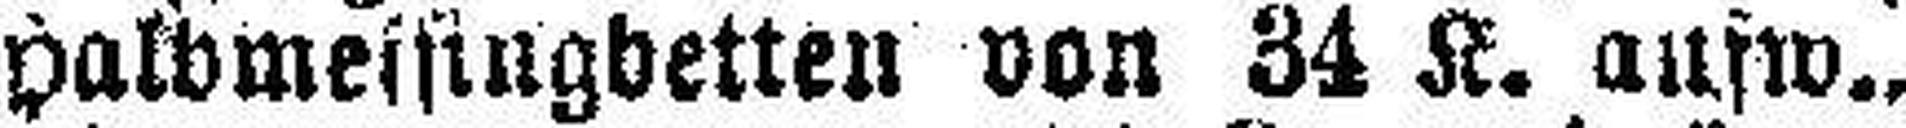
Halbmessingbetten von 34 K. aufw.,